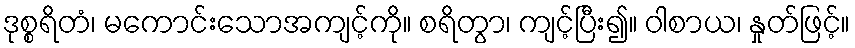
ဒုစ္စရိတံ၊ မကောင်းသောအကျင့်ကို။ စရိတွာ၊ ကျင့်ပြီး၍။ ဝါစာယ၊ နှုတ်ဖြင့်။